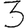
Digit: 3